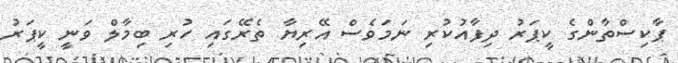
ޕާކިސްތާންގެ ކީޕަރު ދިފާއުކުރި ނަމަވެސް އޭރިޔާ ތެރޭގައި ހުރި ބިމާލް ވަނީ ކީޕަރު